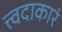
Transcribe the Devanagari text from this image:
त्त्वदाकारं